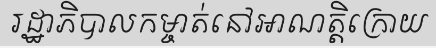
រដ្ឋាភិបាលកម្ចាត់នៅអាណត្តិក្រោយ